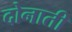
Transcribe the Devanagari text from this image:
दोनाती